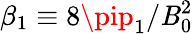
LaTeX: \beta_{1}\equiv8\pip_{1}/\mathit{B}_{0}^{2}